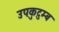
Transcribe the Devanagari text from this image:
उपकुटुम्ब